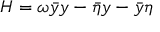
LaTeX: H = \omega \bar { y } y - \bar { \eta } y - \bar { y } \eta